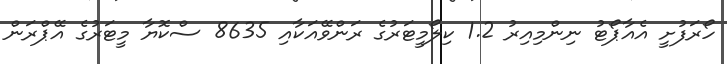
ހޯރަފުށީ އެއާޕޯޓު ނިންމިއިރު 1.2 ކިލޯމީޓަރުގެ ރަންވޭއަކާއި 8635 ސްކޮޔާ މީޓަރުގެ އޭޕްރަން